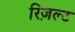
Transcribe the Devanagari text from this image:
रिज़ल्ट